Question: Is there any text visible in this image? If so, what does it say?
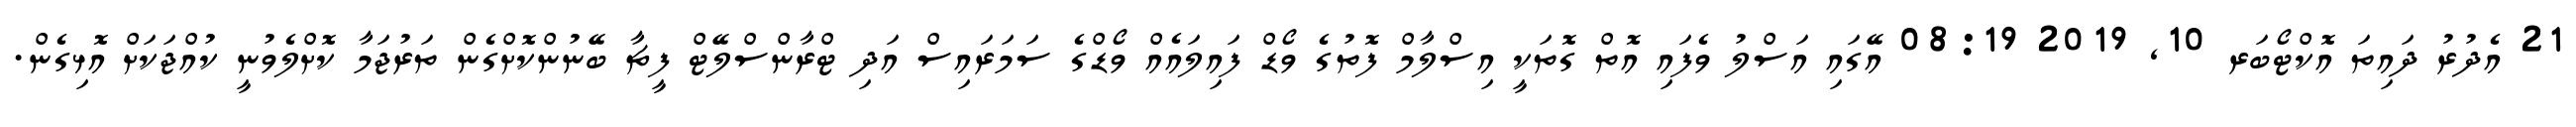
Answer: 21 އެދުރު ދައިތަ އޮކްޓޯބަރ 10, 2019 08:19 އޭގައި އަސްލު ވެފައި އޮތް ގޮތަކީ އިސްލާމް ފޮތުގެ ވޯޑް ފައިލައެއް ވޯޑްގެ ސަމަރައިސް އަދި ޓްރާންސްލޭޓް ފީޗާ ބޭނުންކޮށްގެން ތަރުޖަމާ ކޮށްލެވުނީ ކުއްޖަކަށް އޮޅިގެން.